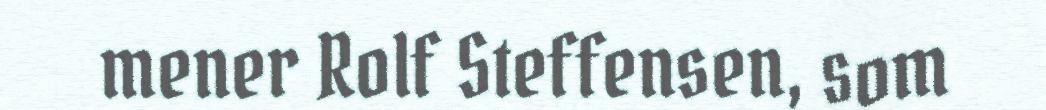
mener Rolf Steffensen, som